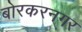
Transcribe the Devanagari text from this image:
बोरकरनगर